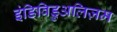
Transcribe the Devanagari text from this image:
इंडिविडुअलिज़म